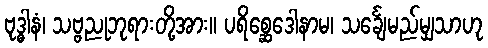
ဗုဒ္ဓါနံ၊ သဗ္ဗညုဘုရားတို့အား။ ပရိစ္ဆေဒေါနာမ၊ သင်္ချေမည်မျှသာဟု